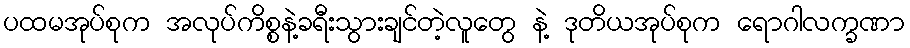
ပထမအုပ်စုက အလုပ်ကိစ္စနဲ့ခရီးသွားချင်တဲ့လူတွေ နဲ့ ဒုတိယအုပ်စုက ရောဂါလက္ခဏာ